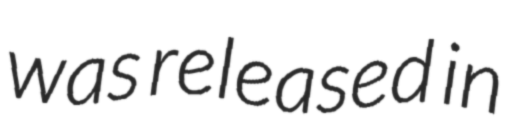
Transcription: was released in